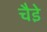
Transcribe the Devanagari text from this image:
चैडे़